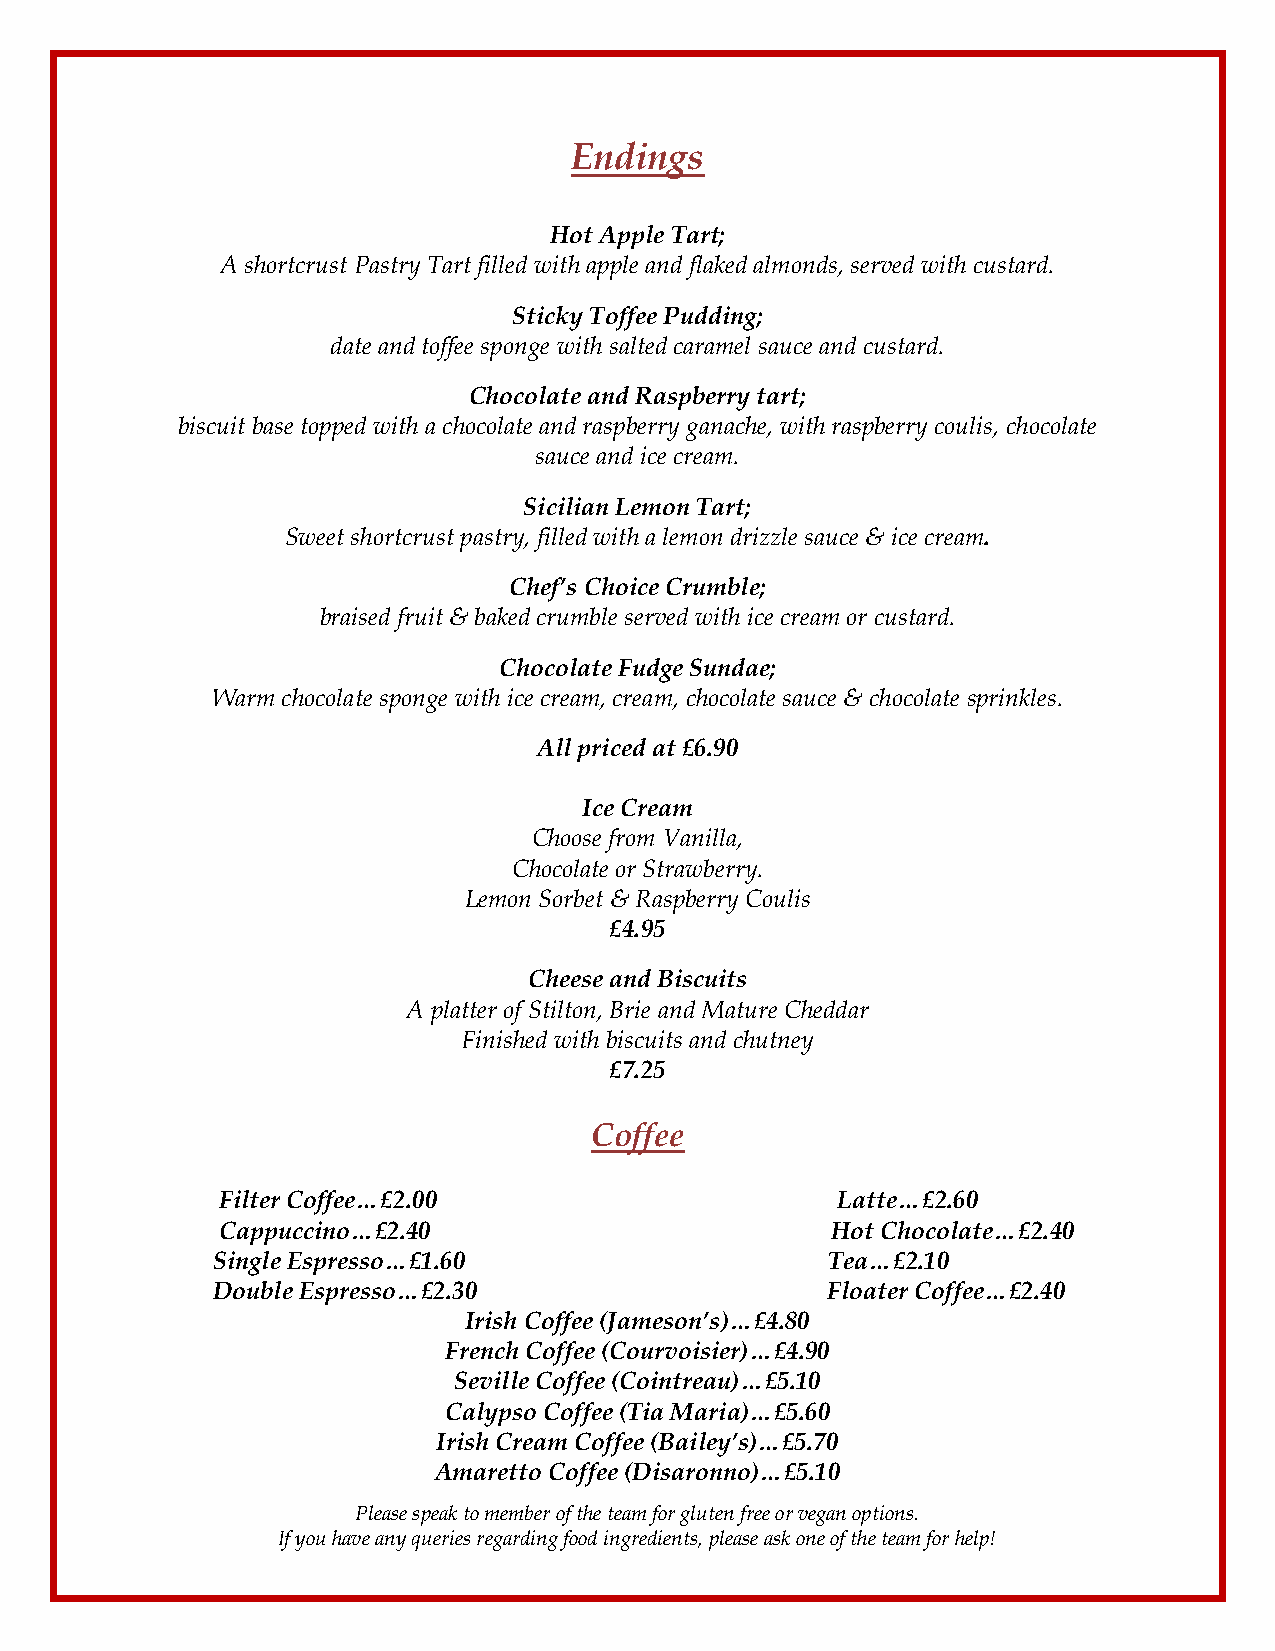
Endings
 Hot Apple Tart;
 A shortcrust Pastry Tart filled with apple and flaked almonds, served with custard.
 Sticky Toffee Pudding;
 date and toffee sponge with salted caramel sauce and custard.
 Chocolate and Raspberry tart;
 biscuit base topped with a chocolate and raspberry ganache, with raspberry coulis, chocolate
 sauce and ice cream.
 Sicilian Lemon Tart;
 Sweet shortcrust pastry, filled with a lemon drizzle sauce & ice cream.
 Chef’s Choice Crumble;
 braised fruit & baked crumble served with ice cream or custard.
 Chocolate Fudge Sundae;
 Warm chocolate sponge with ice cream, cream, chocolate sauce & chocolate sprinkles.
 All priced at £6.90
 Ice Cream
 Choose from Vanilla,
 Chocolate or Strawberry.
 Lemon Sorbet & Raspberry Coulis
 £4.95
 Cheese and Biscuits
 A platter of Stilton, Brie and Mature Cheddar
 Finished with biscuits and chutney
 £7.25
 Coffee
 Filter Coffee…£2.00                      Latte…£2.60
 Cappuccino…£2.40                         Hot Chocolate…£2.40
 Single Espresso…£1.60                    Tea…£2.10
 Double Espresso…£2.30                    Floater Coffee…£2.40
 Irish Coffee (Jameson’s)…£4.80
 French Coffee (Courvoisier)…£4.90
 Seville Coffee (Cointreau)…£5.10
 Calypso Coffee (Tia Maria)…£5.60
 Irish Cream Coffee (Bailey’s)…£5.70
 Amaretto Coffee (Disaronno)…£5.10
 Please speak to member of the team for gluten free or vegan options.
 If you have any queries regarding food ingredients, please ask one of the team for help!